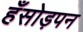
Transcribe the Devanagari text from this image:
हँसोड़पन